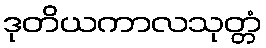
ဒုတိယကာလသုတ္တံ